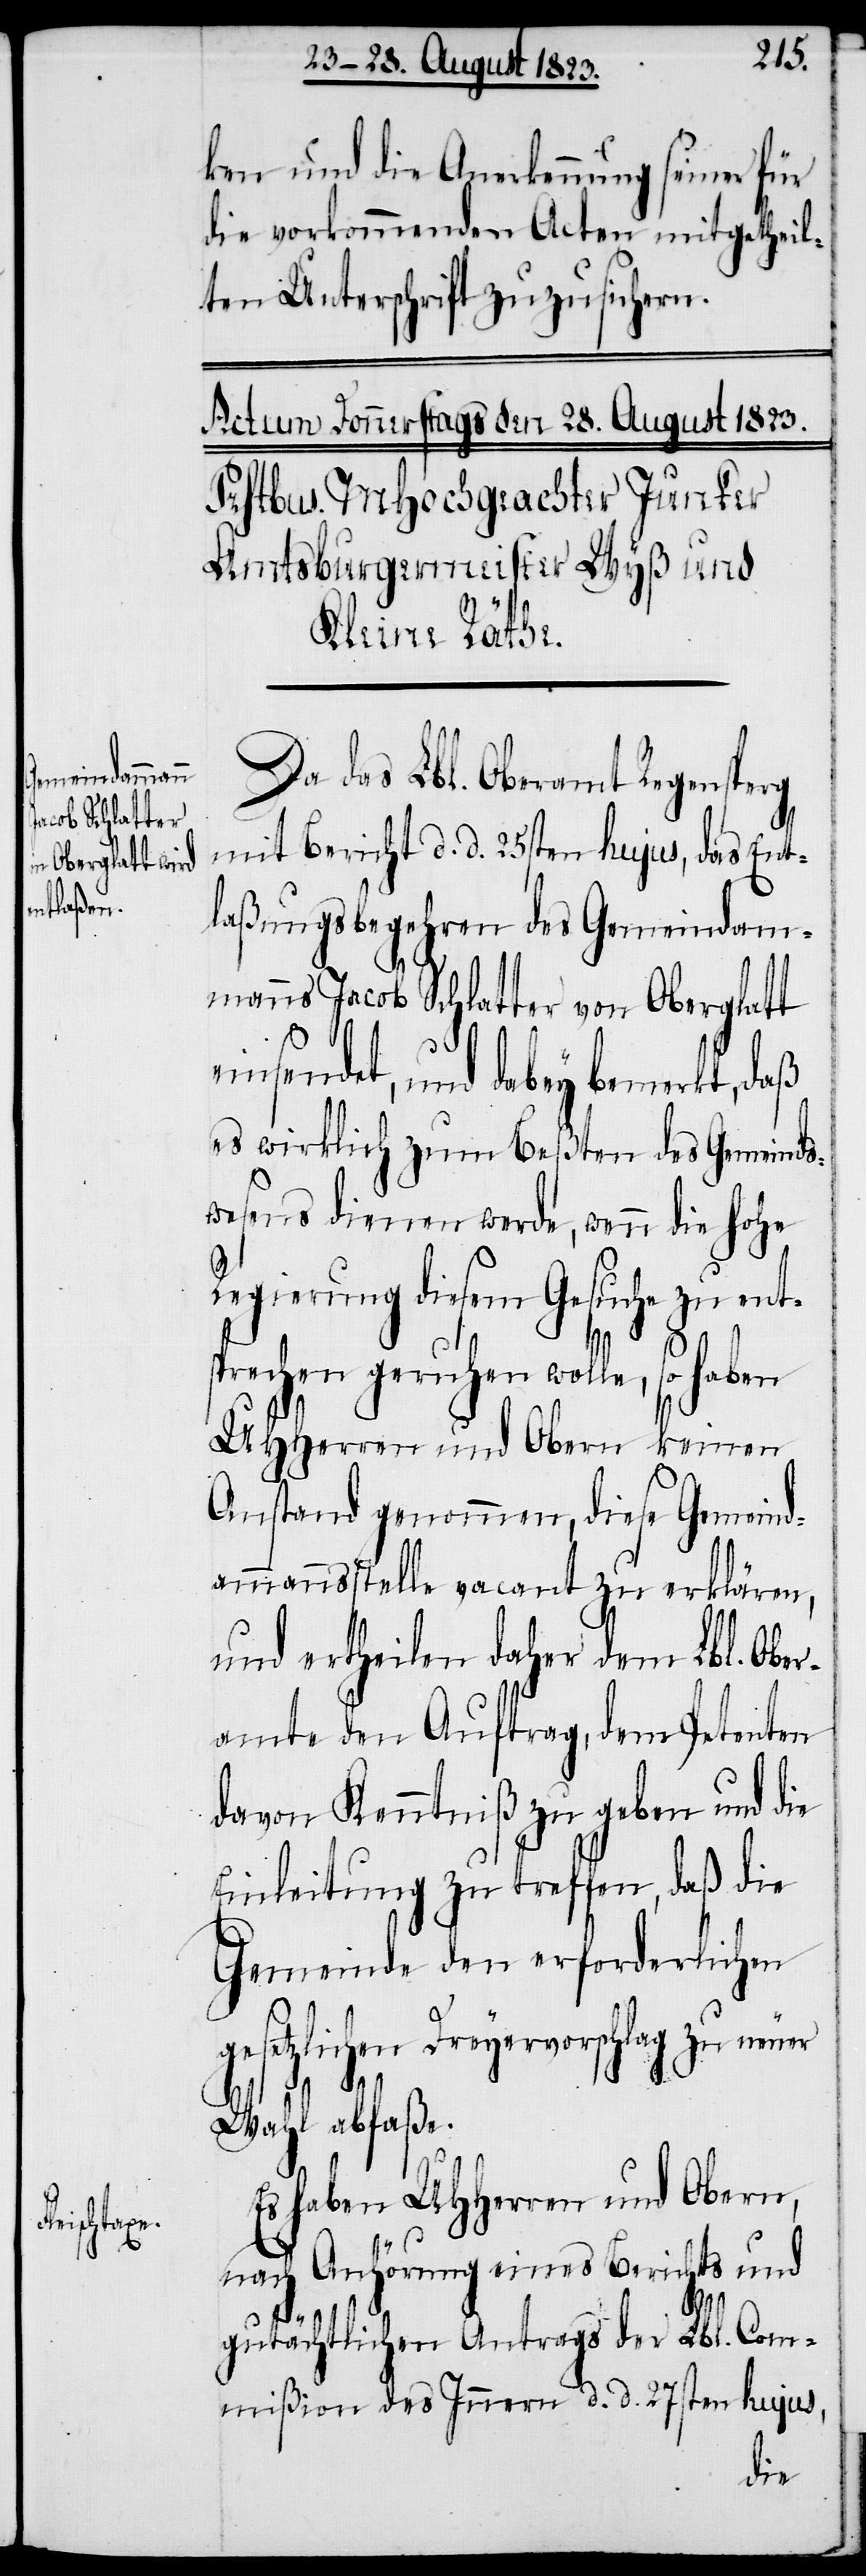
ken und die Anerkennung seiner für
die vorkommenden Acten mitgetheil¬
ten Unterschrift zuzusichern.
Da das Lbl. Oberamt Regensperg
mit Bericht d. d. 25sten hujus, das Ent¬
laßungsbegehren des Gemeindam¬
manns Jacob Schlatter von Oberglatt
einsendet, und dabey bemerkt, daß
es wirklich zum Beßten des Gemeinds¬
wesens dienen werde, wenn die hohe
Regierung diesem Gesuche zu entsp¬
rechen geruhen wolle,
UHHerren und Obern keinen
Anstand genommen, diese Gemeind¬
ammannsstelle vacant zu erklären,
und ertheilen daher dem Lbl. Ober¬
amte den Auftrag, dem Petenten
davon Kenntniß zu geben und die
Einleitung zu treffen, daß die
Gemeinde den erforderlichen
gesetzlichen Dreyervorschlag zu neuer
Wahl abfaße.
Es haben UHHerren und Obern,
nach Anhörung eines Berichts und
gutächtlichen Antrags der Lbl. Com¬
mißion des Innern d. d. 27sten hujus,